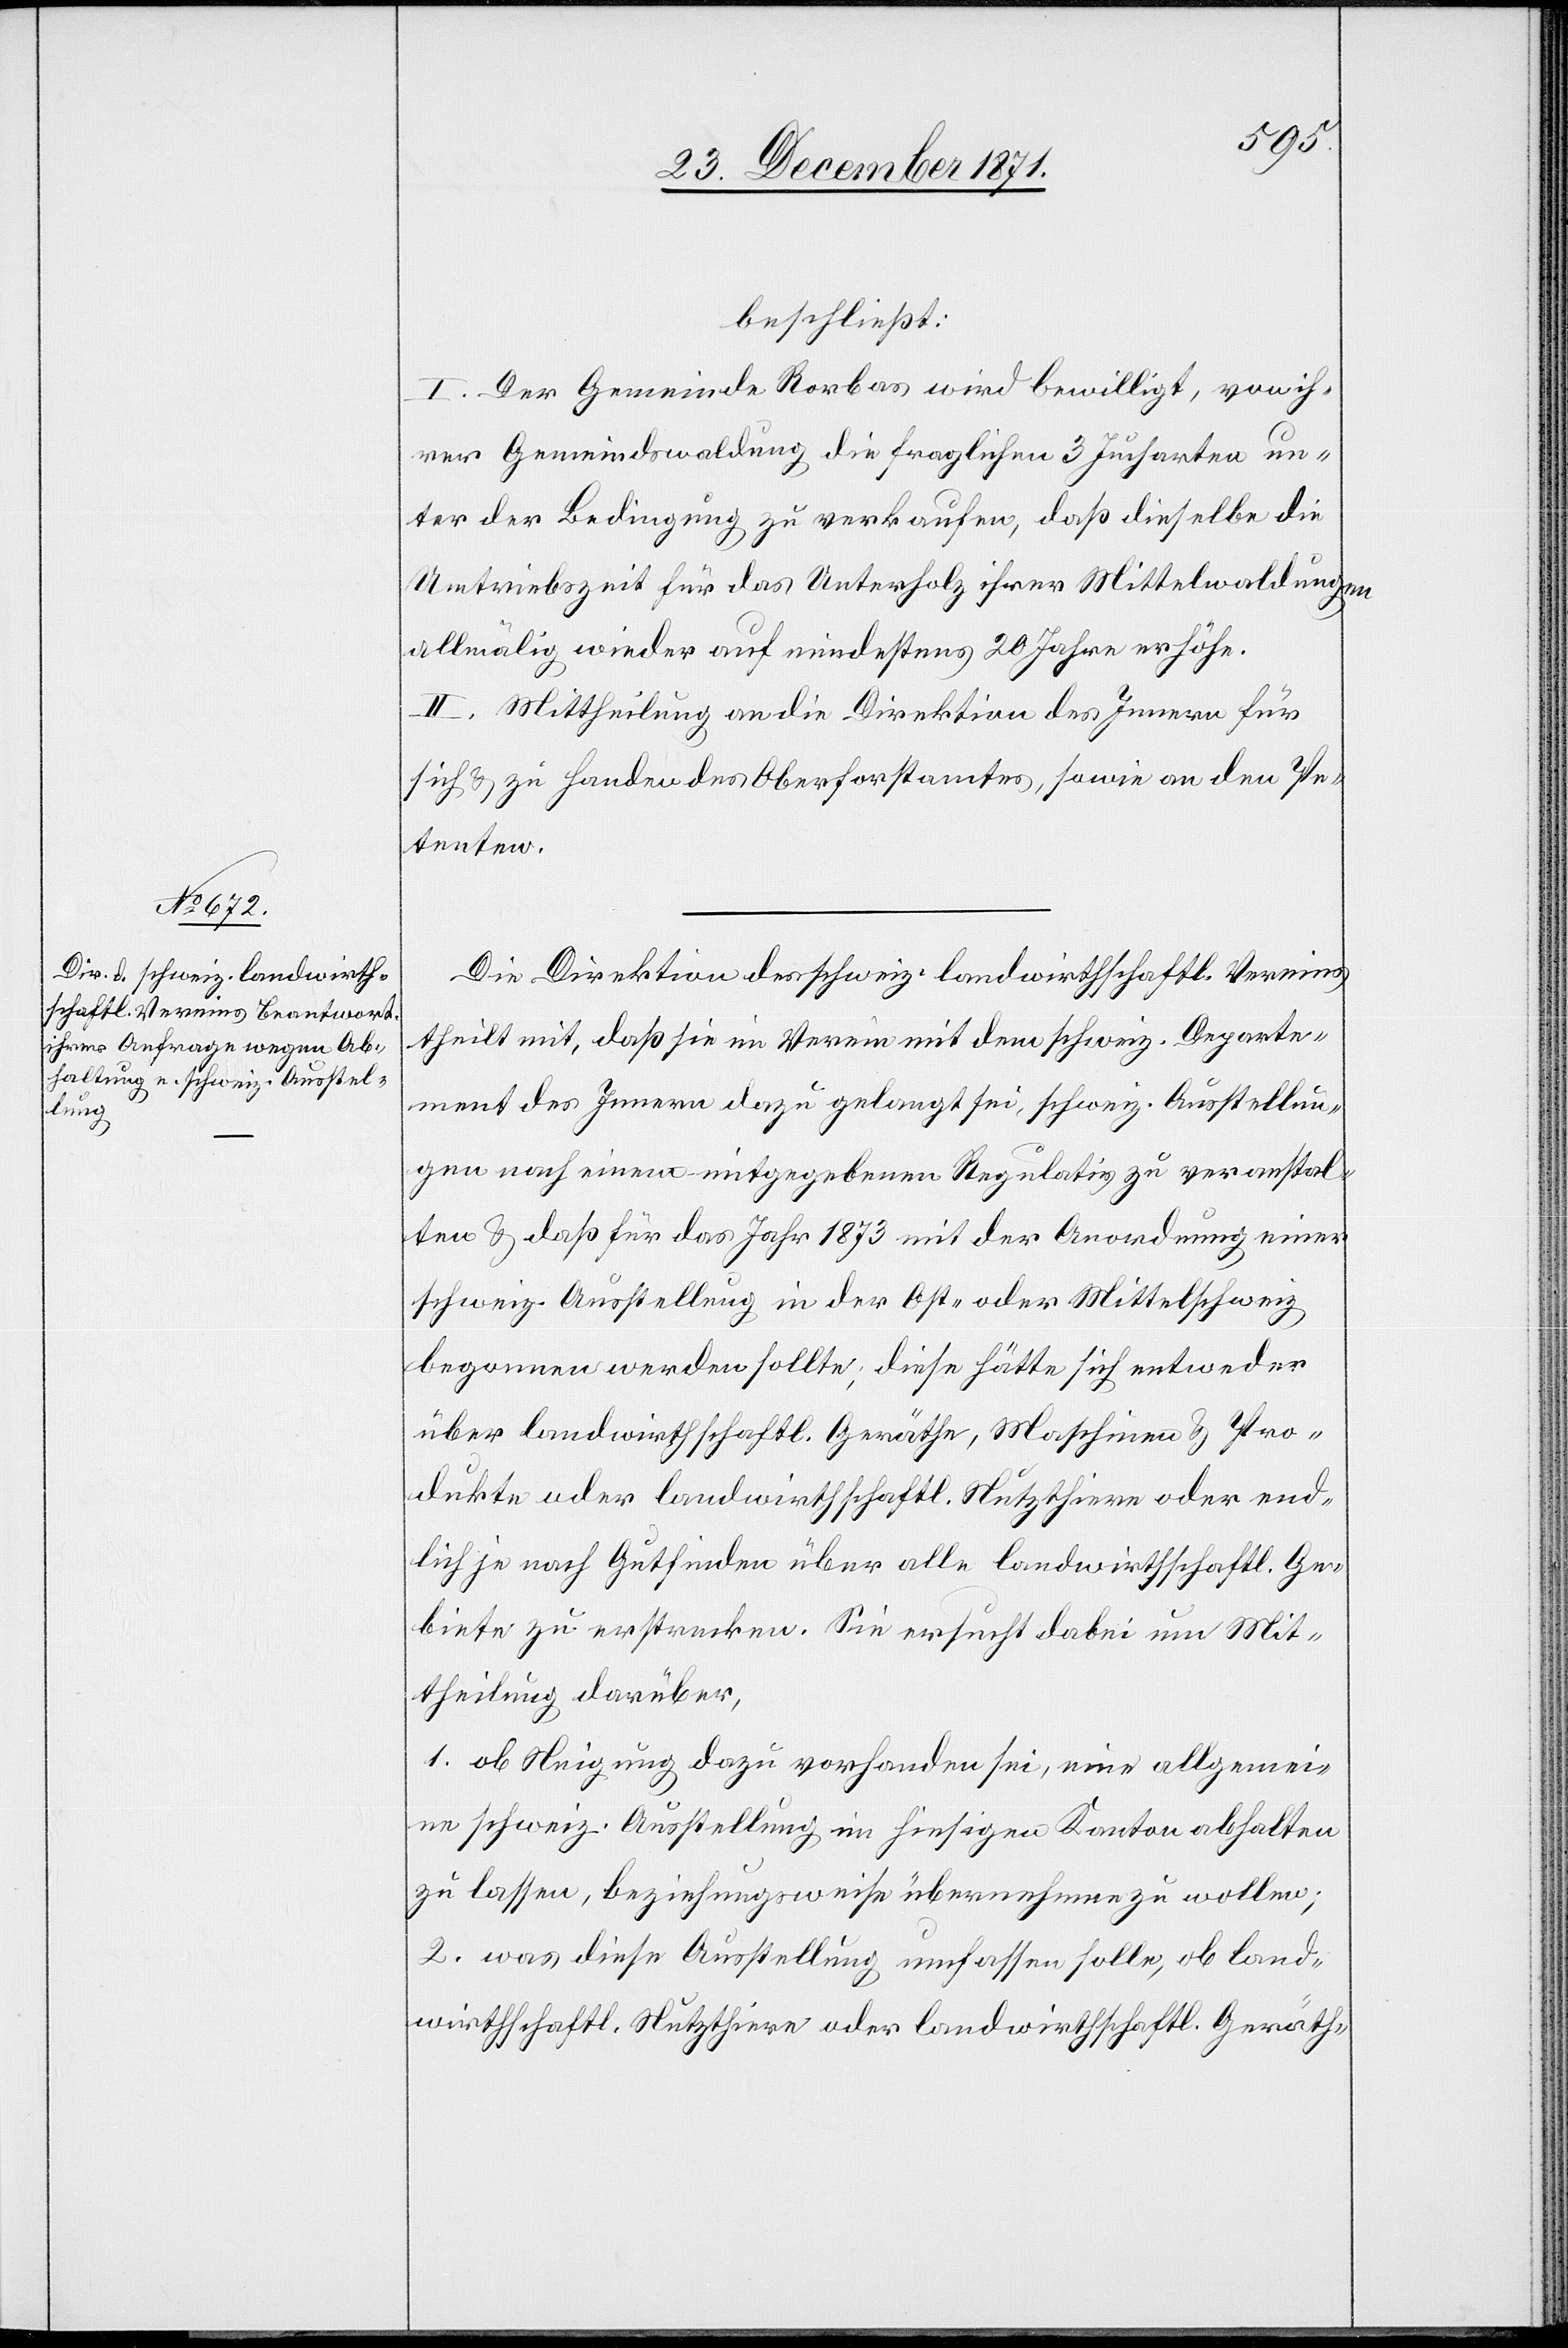
beschließt:
I. Der Gemeinde Rorbas wird bewilligt, von ih¬
rer Gemeindswaldung die fraglichen 3 Jucharten un¬
ter der Bedingung zu verkaufen, daß dieselbe die
Umtriebszeit für das Unterholz ihrer Mittelwaldungen
allmälig wieder auf mindestens 20 Jahre erhöhe.
II. Mittheilung an die Direktion des Innern für
sich & zu Handen des Oberforstamtes, sowie an den Pe¬
tenten.
Die Direktion des schweiz. landwirthschaftli. Vereins
theilt mit, daß sie im Verein mit dem schweiz. Departe¬
ment des Innern dazu gelangt sei, schweiz. Ausstellun¬
gen nach einem mitgegebenen Regulativ zu veranstal¬
ten & daß für das Jahr 1873 mit der Anordnung einer
schweiz. Ausstellung in der Ost- oder Mittelschweiz
begonnen werden sollte; diese hätte sich entweder
über landwirthschaftl. Geräthe, Maschinen & Pro¬
dukte oder landwirthschaftl. Nutzthiere oder end¬
lich je nach Gutfinden über alle landwirthschaftl. Ge¬
biete zu erstrecken. Sie ersucht dabei um Mit¬
theilung darüber,
1. ob Neigung dazu vorhanden sei, eine allgemei¬
ne schweiz. Ausstellung im hiesigen Kanton abhalten
zu lassen, beziehungsweise übernehmen zu wollen;
2. was diese Ausstellung umfassen solle, ob land¬
wirthschaftl. Nutzthiere oder landwirthschaftl. Geräth-